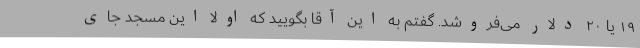
۱۹ یا ۲۰ دلار می‌فروشد. گفتم به این آقا بگویید که اولا این مسجد جای